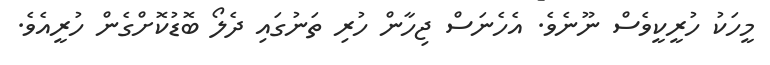
މީހަކު ހުރީކީވެސް ނޫނެވެ. އެހެނަސް ޖިހާން ހުރި ތަނުގައި ދެލޯ ބޮޑުކޮށްގެން ހުރީއެވެ.